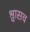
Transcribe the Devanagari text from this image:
श्वासच